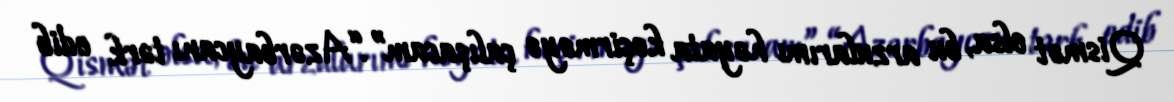
Qismət olsa, bu arzularımı həyata keçirməyə çalışacam”.“Azərbaycanı tərk edib